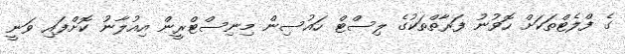
ގެ ފްލެޓްތަކަށް ހޮވުނު ފަރާތްތަކުގެ ލިސްޓް ހައުސިން މިނިސްޓްރީން އިއުލާނު ކޮށްފައި ވަނީ